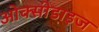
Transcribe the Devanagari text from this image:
ओक्सीडाइज